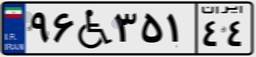
۲۰W۳۳۵۶۱